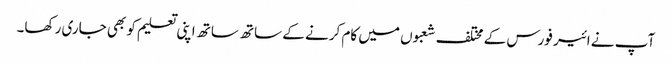
آپ نے ائیر فورس کے مختلف شعبوں میں کام کرنے کے ساتھ ساتھ اپنی تعلیم کو بھی جاری رکھا۔